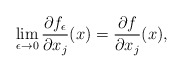
\begin{align*}\lim\limits_{\epsilon\to0}\frac{\partial f_{\epsilon}}{\partial x_j}(x)= \frac{\partial f}{\partial x_j }(x),\end{align*}